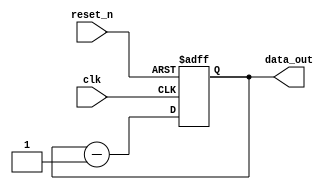
`timescale 1ns / 1ps
//////////////////////////////////////////////////////////////////////////////////
// Company: 
// Engineer: 
// 
// Design Name: 
// Module Name: lab105_Up_counter_defparam
// Project Name: 
// Target Devices: 
// Tool Versions: 
// Description: 
// 
// Dependencies: 
// 
// Revision:
// Revision 0.01 - File Created
// Additional Comments:
// 
//////////////////////////////////////////////////////////////////////////////////


module lab105_Up_counter_defparam #(parameter DATA_SIZE = 2, UP=0)
(   
    input clk,
    input reset_n,
    output reg [DATA_SIZE-1:0]data_out
    );
    
    always @(posedge clk or negedge reset_n)
    begin
        if(!reset_n)
            data_out <= 2'b00;
        else if(UP)
            data_out <= data_out + 1 ;
        else
            data_out <= data_out - 1;       // since up =0 this will be always down counter
    end
endmodule